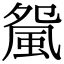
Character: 𩖿